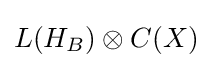
L(H_{B})\otimes C(X)